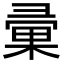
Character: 彚